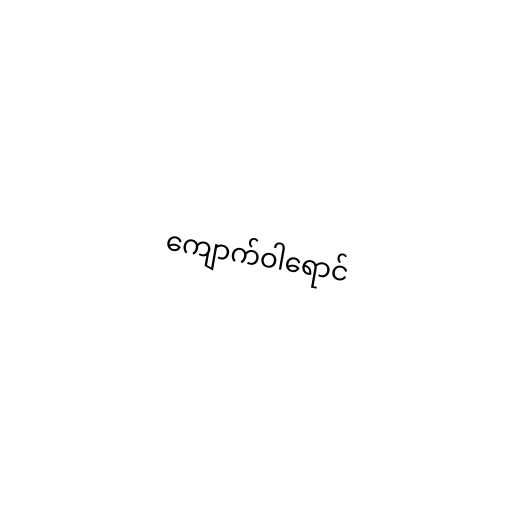
ကျောက်ဝါရောင်